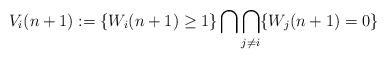
LaTeX: \begin{align*}V_i(n+1) := \{W_i(n+1) \geq 1\} \bigcap \bigcap_{j \neq i} \{W_j(n+1) = 0\}\end{align*}